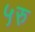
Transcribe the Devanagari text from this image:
५रु